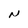
Character: N